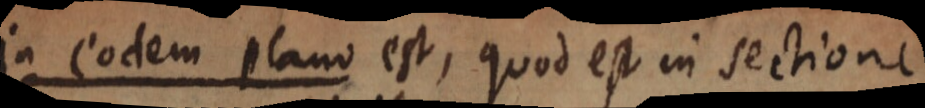
in eodem plano est, quod est in sectione